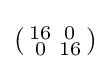
\left({\begin{smallmatrix}16&0\\0&16\\\end{smallmatrix}}\right)